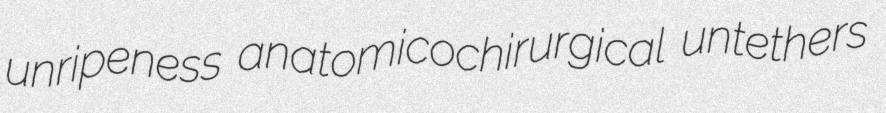
unripeness anatomicochirurgical untethers